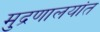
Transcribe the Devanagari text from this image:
मुद्रणालयांत